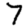
Digit: 7